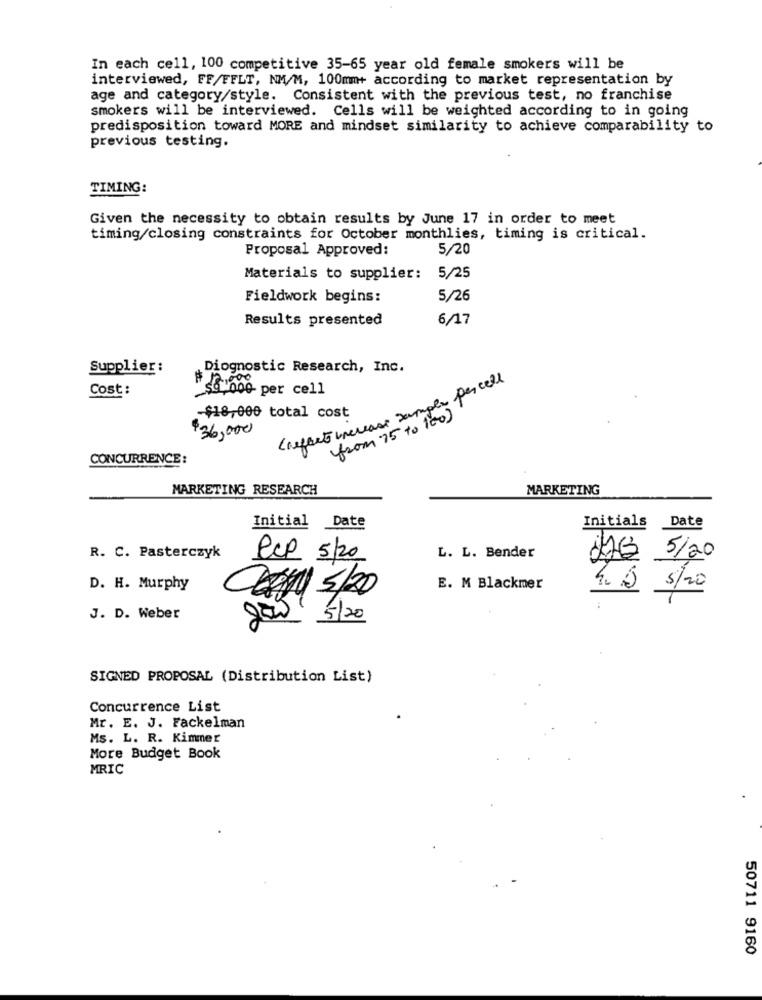
In each cell, 100 competitive 35-65 year old female smokers will be
interviewed, FF/FFLT, NM/M, 100mm+ according to market representation by
age and category/style. Consistent with the previous test, no franchise
smokers will be interviewed. Cells will be weighted according to in going
predisposition toward MORE and mindset similarity to achieve comparability to
previous testing.
TIMING:
Given the necessity to obtain results by June 17 in order to meet
timing/closing constraints for October monthlies, timing is critical.
Proposal Approved:
5/20
Materials to supplier: 5/25
Fieldwork begins:
5/26
Results presented
6/17
Supplier:
Diognostic Research, Inc.
Cost :
₱6'000 per cell
(referto increase sample per cell
from 75 to 100)
-$18,000 total cost
$36,000
CONCURRENCE:
MARKETING RESEARCH
MARKETING
Initial Date
Initials Date
R. C. Pasterczyk
Pcp 5/20
L. L. Bender
JAG 5/20
D. H. Murphy
5/20
E. M Blackmer
4. 5 5/20
J. D. Weber
gãw 5/20
SIGNED PROPOSAL (Distribution List)
Concurrence List
Mr. E. J. Fackelman
Ms. L. R. Kimmer
More Budget Book
MRIC
50711 9160